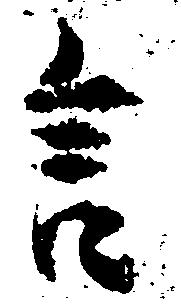
言